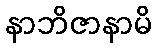
နာဘိဇာနာမိ